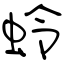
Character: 蛉